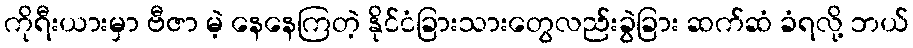
ကိုရီးယားမှာ ဗီဇာ မဲ့ နေနေကြတဲ့ နိုင်ငံခြားသားတွေလည်းခွဲခြား ဆက်ဆံ ခံရလို့ ဘယ်